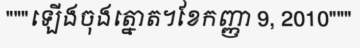
"""ឡើងចុងត្នោត។ខែកញ្ញា 9, 2010"""